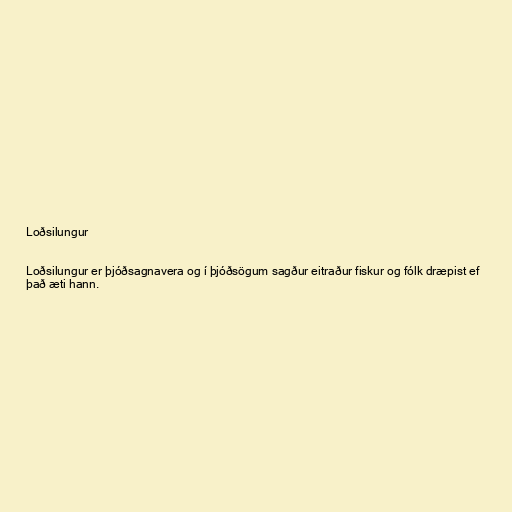
Loðsilungur

Loðsilungur er þjóðsagnavera og í þjóðsögum sagður eitraður fiskur og fólk dræpist ef
það æti hann.